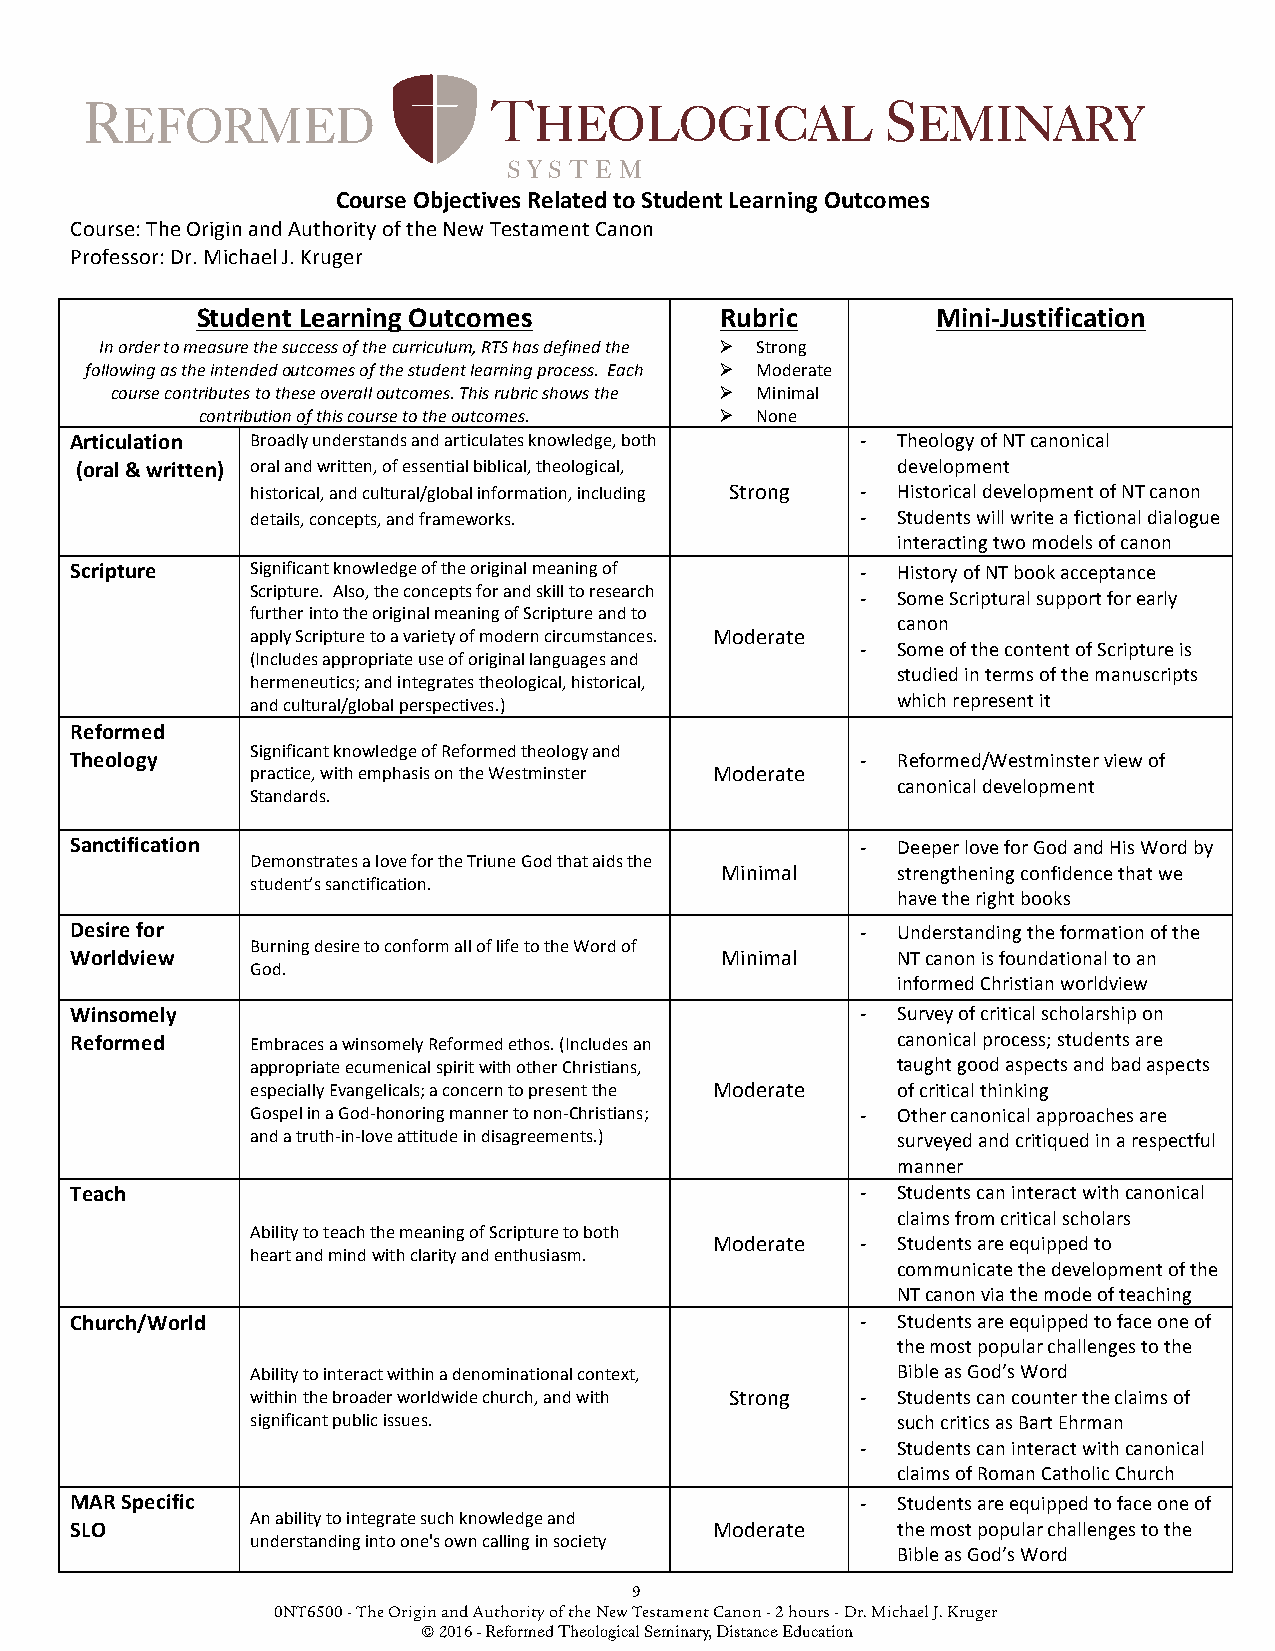
R EFORMED                 T  HEOLOGICAL              S EMINARY
 S Y S T E M
 Course Objectives Related to Student Learning Outcomes
 Course: The Origin and Authority of the New Testament Canon
 Professor: Dr. Michael J. Kruger
 Student Learning Outcomes          Rubric        Mini-Justification
 In order to measure the success of the curriculum, RTS has defined the Ø Strong
 following as the intended outcomes of the student learning process. Each Ø Moderate
 course contributes to these overall outcomes. This rubric shows the Ø Minimal
 contribution of this course to the outcomes. Ø None
 Articulation Broadly understands and articulates knowledge, both - Theology of NT canonical
 (oral & written) oral and written, of essential biblical, theological, development
 historical, and cultural/global information, including Strong - Historical development of NT canon
 details, concepts, and frameworks.      - Students will write a fictional dialogue
 interacting two models of canon
 Scripture   Significant knowledge of the original meaning of - History of NT book acceptance
 Scripture. Also, the concepts for and skill to research
 - Some Scriptural support for early
 further into the original meaning of Scripture and to
 canon
 apply Scripture to a variety of modern circumstances. Moderate
 - Some of the content of Scripture is
 (Includes appropriate use of original languages and
 studied in terms of the manuscripts
 hermeneutics; and integrates theological, historical,
 and cultural/global perspectives.)        which represent it
 Reformed
 Significant knowledge of Reformed theology and
 Theology                                            - Reformed/Westminster view of
 practice, with emphasis on the Westminster Moderate
 canonical development
 Standards.
 Sanctification                                      - Deeper love for God and His Word by
 Demonstrates a love for the Triune God that aids the
 Minimal    strengthening confidence that we
 student’s sanctification.
 have the right books
 Desire for                                          - Understanding the formation of the
 Burning desire to conform all of life to the Word of
 Worldview                                  Minimal    NT canon is foundational to an
 God.
 informed Christian worldview
 Winsomely                                           - Survey of critical scholarship on
 Reformed    Embraces a winsomely Reformed ethos. (Includes an canonical process; students are
 appropriate ecumenical spirit with other Christians, taught good aspects and bad aspects
 especially Evangelicals; a concern to present the Moderate of critical thinking
 Gospel in a God-honoring manner to non-Christians; - Other canonical approaches are
 and a truth-in-love attitude in disagreements.) surveyed and critiqued in a respectful
 manner
 Teach                                               - Students can interact with canonical
 claims from critical scholars
 Ability to teach the meaning of Scripture to both
 Moderate  - Students are equipped to
 heart and mind with clarity and enthusiasm.
 communicate the development of the
 NT canon via the mode of teaching
 Church/World                                        - Students are equipped to face one of
 the most popular challenges to the
 Ability to interact within a denominational context, Bible as God’s Word
 within the broader worldwide church, and with Strong - Students can counter the claims of
 significant public issues.                such critics as Bart Ehrman
 - Students can interact with canonical
 claims of Roman Catholic Church
 MAR Specific                                        - Students are equipped to face one of
 An ability to integrate such knowledge and
 SLO                                       Moderate    the most popular challenges to the
 understanding into one's own calling in society
 Bible as God’s Word
 9
 0NT6500 - The Origin and Authority of the New Testament Canon - 2 hours - Dr. Michael J. Kruger
 © 2016 - Reformed Theological Seminary, Distance Education